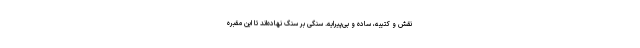
نقش و کتیبه، ساده و بی‌پیرایه. سنگی بر سنگ نهاده‌اند تا این مقبره